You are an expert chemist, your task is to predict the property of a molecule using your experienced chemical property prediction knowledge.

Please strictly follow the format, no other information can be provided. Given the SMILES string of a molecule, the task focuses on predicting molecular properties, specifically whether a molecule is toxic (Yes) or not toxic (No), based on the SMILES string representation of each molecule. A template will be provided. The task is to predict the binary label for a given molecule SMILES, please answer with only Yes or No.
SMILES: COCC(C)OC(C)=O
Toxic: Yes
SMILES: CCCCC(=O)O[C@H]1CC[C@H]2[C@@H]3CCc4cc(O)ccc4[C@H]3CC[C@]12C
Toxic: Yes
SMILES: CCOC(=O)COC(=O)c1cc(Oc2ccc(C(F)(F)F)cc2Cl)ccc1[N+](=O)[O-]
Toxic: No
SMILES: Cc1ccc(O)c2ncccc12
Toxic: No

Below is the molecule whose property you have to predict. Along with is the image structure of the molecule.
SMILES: CC(=O)Oc1ccccc1C(=O)O
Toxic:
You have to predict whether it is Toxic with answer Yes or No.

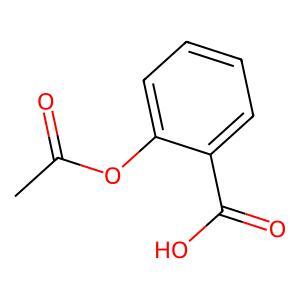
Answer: No